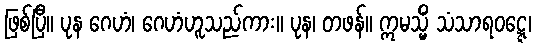
ဖြစ်ပြီ။ ပုန ဂေဟံ၊ ဂေဟံဟူသည်ကား။ ပုန၊ တဖန်။ ဣမသ္မိံ သံသာရဝဋ္ဋေ၊